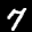
Label: 7